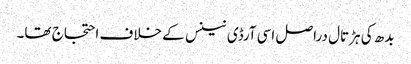
بدھ کی ہڑتال دراصل اسی آرڈی نینس کے خلاف احتجاج تھا۔